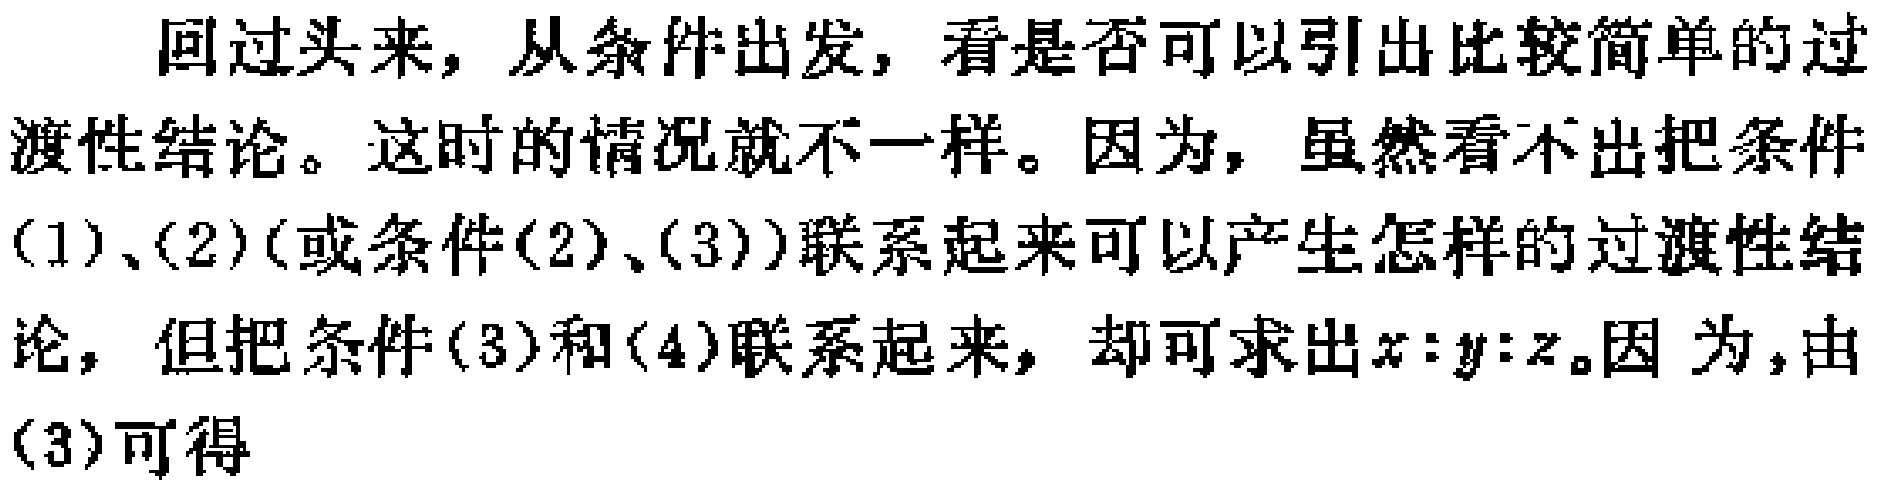
回过头来，从条件出发，看是否可以引出比较简单的过渡性结论。这时的情况就不一样。因为，虽然看不出把条件(1)、(2)(或条件(2)、(3))联系起来可以产生怎样的过渡性结论，但把条件(3)和(4)联系起来，却可求出\(x:y:z\)。因为，由(3)可得